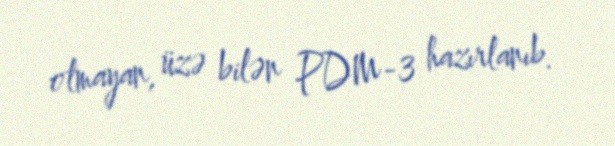
olmayan, üzə bilən PDM-3 hazırlanıb.